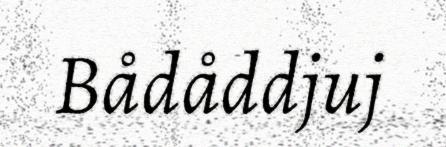
Bådåddjuj